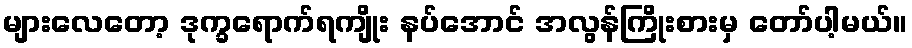
များလေတော့ ဒုက္ခရောက်ရကျိုး နပ်အောင် အလွန်ကြိုးစားမှ တော်ပါ့မယ်။